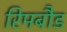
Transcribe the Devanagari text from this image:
रिमबौड